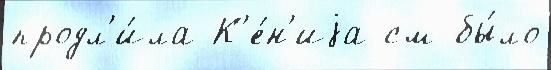
продл'и́ла К'е́н'иjа см бы́ло